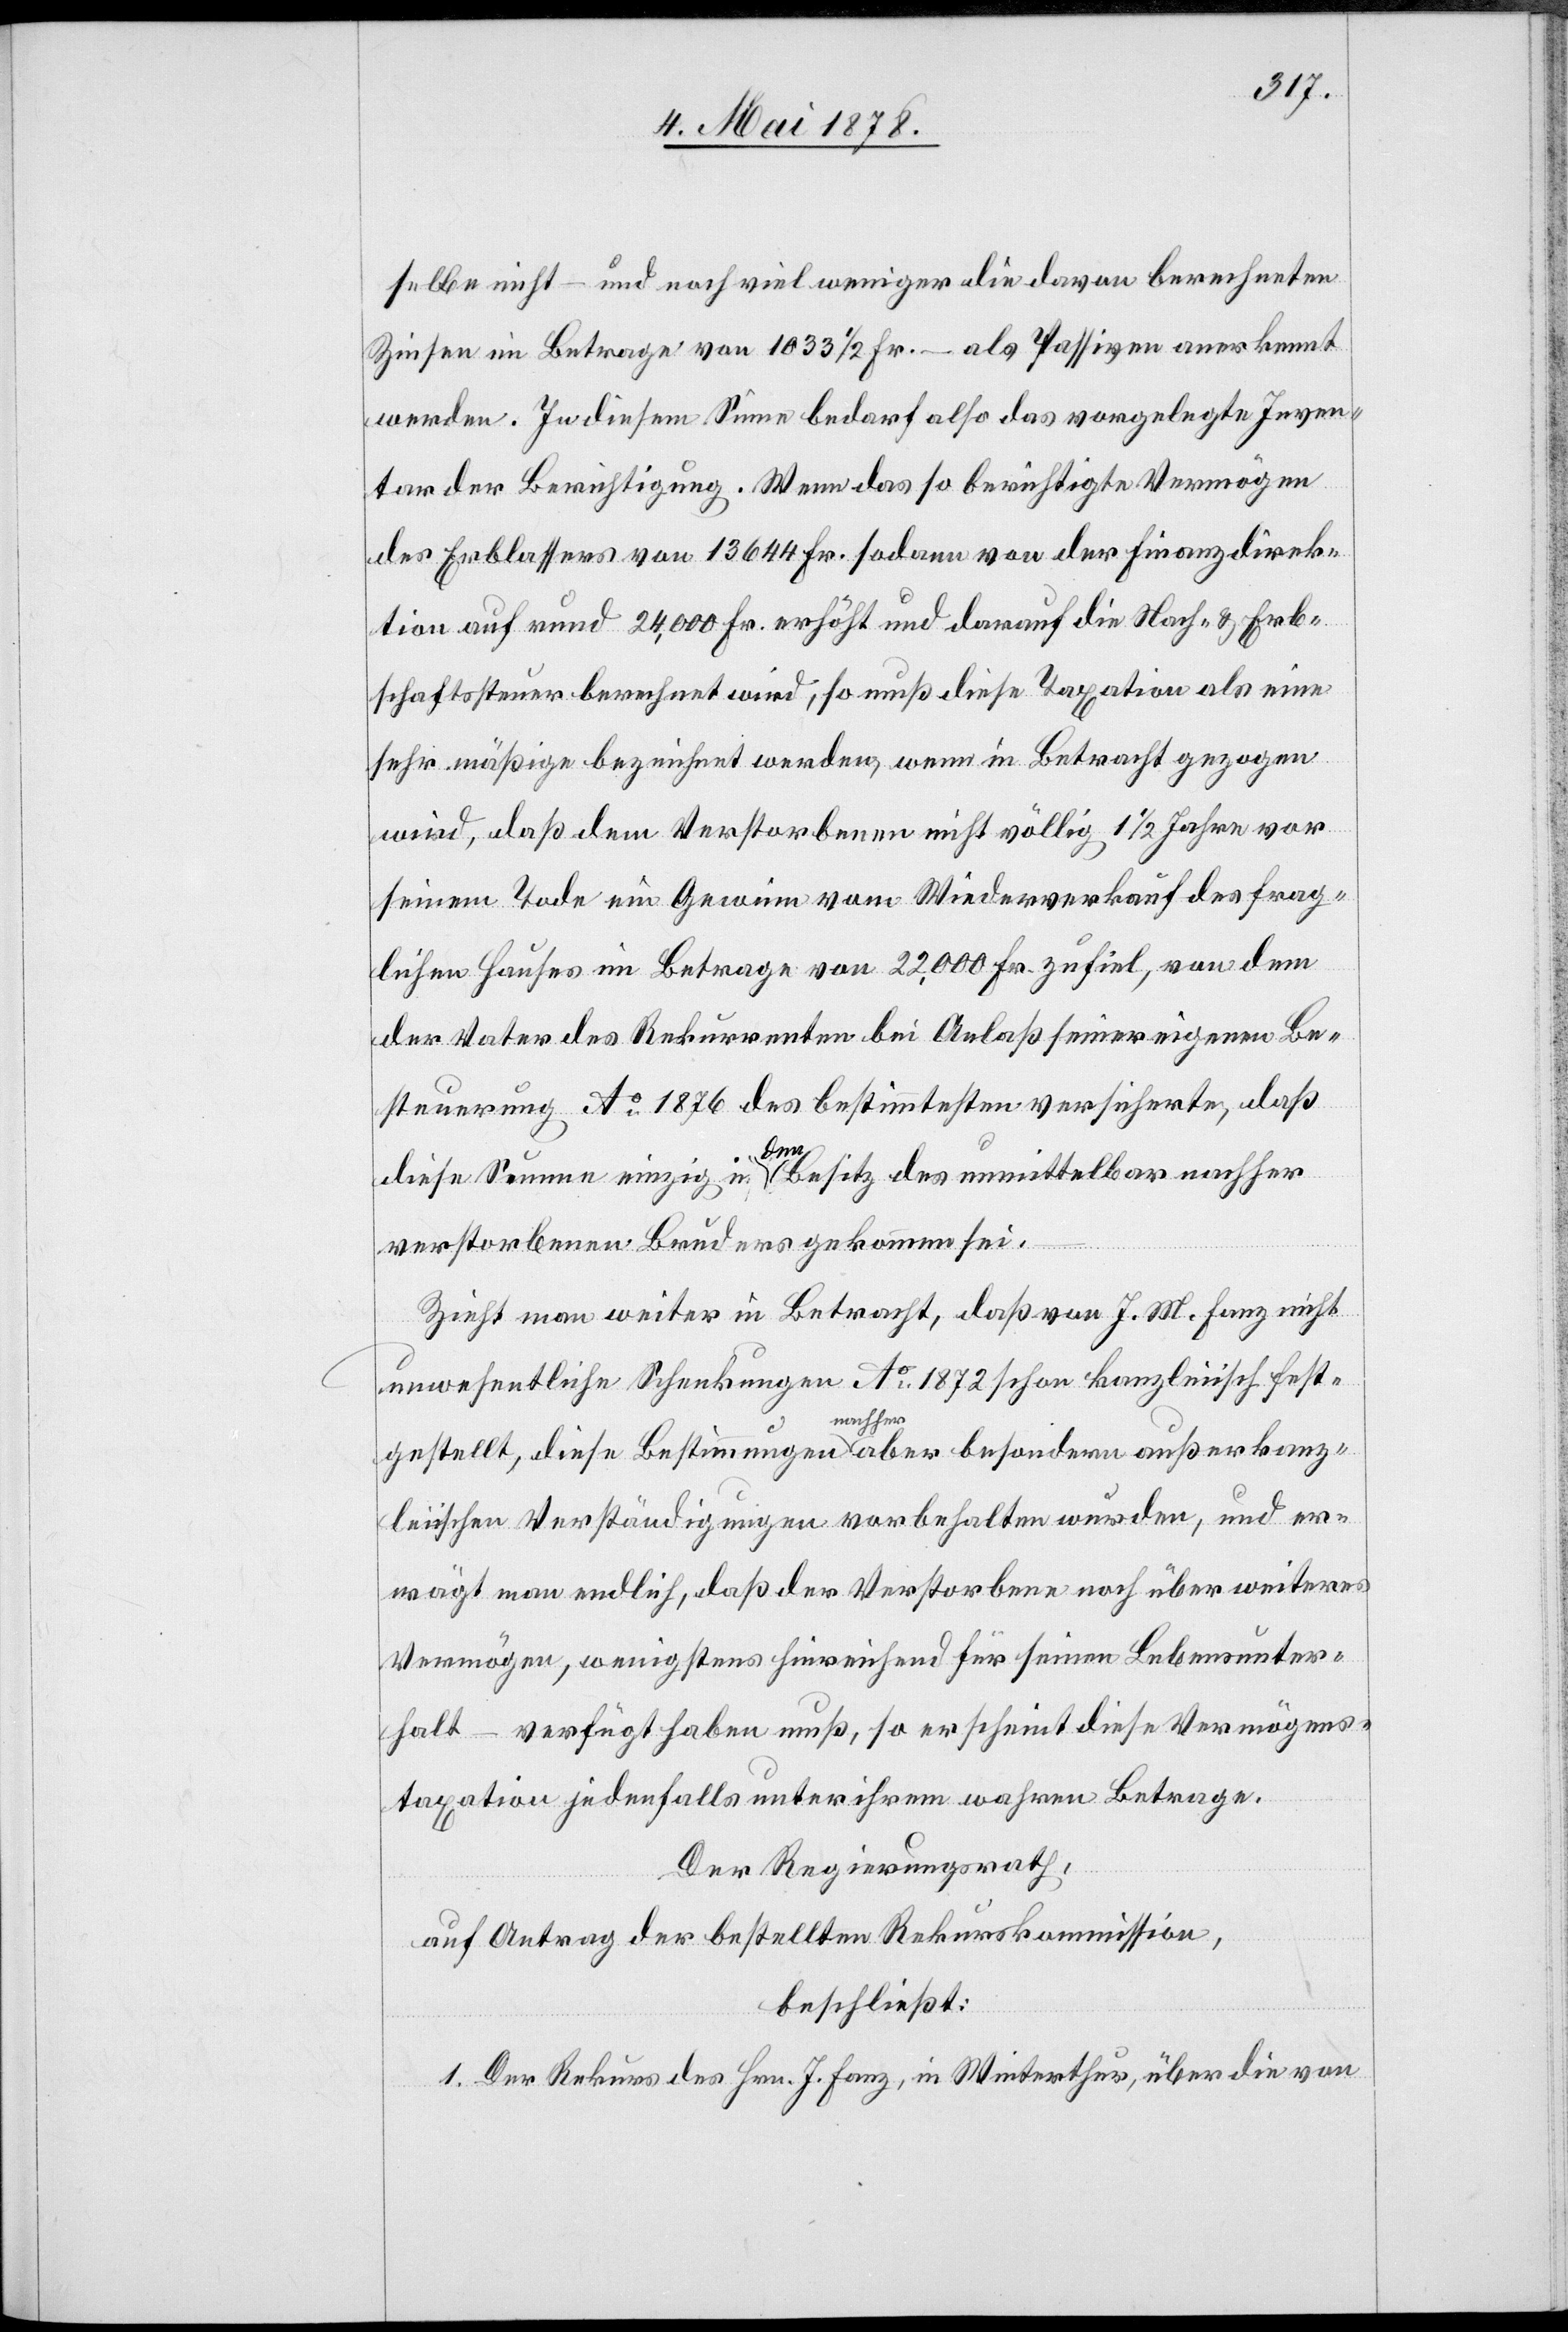
selbe nicht – und noch viel weniger die davon berechneten
Zinsen im Betrage von 1033 1/2 Fr. – als Passiven anerkennt
werden. In diesem Sinne bedarf also das vorgelegte Inven¬
tar der Berichtigung. Wenn das so berichtigte Vermögen
des Erblassers von 13 644 Fr. sodann von der Finanzdirek¬
tion auf rund 24,000 Fr. erhöht und darauf die Nach- & Erb¬
schaftssteuer berechnet wird, so muß diese Taxation als eine
sehr mäßige bezeichnet werden, wenn in Betracht gezogen
wird, daß dem Verstorbenen nicht völlig 1 1/2 Jahre vor
seinem Tode ein Gewinn vom Wiederverkauf des frag¬
lichen Hauses im Betrage von 22,000 Fr. zufiel, von dem
der Vater des Rekurrenten bei Anlaß seiner eigenen Be¬
steuerung Ao 1876 des bestimmtesten versicherte, daß
diese Summe einzig in den Besitz des unmittelbar nachher
verstorbenen Bruder gekommen sei.
Zieht man weiter in Betracht, daß von J. M. Fanz nicht
unwesentliche Schenkungen Ao 1872 schon kanzleiisch fest¬
gestellt, diese Bestimmungen a-nachher-a aber besondern außerkanz¬
leiischen Verständigungen vorbehalten wurden, und er¬
wägt man endlich, daß der Verstorbene noch über weiteres
Vermögen, wenigstens hinreichend für seinen Lebensunter¬
halt – verfügt haben muß, so erscheint diese Vermögens¬
taxation jedenfalls unter ihrem wahren Betrage.
Der Regierungsrath,
auf Antrag der bestellten Rekurskommission,
beschließt:
1. Der Rekurs des Hrn. J. Fanz, in Winterthur, über die von